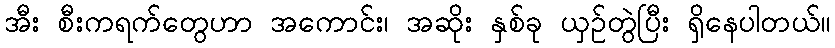
အီး စီးကရက်တွေဟာ အကောင်း၊ အဆိုး နှစ်ခု ယှဉ်တွဲပြီး ရှိနေပါတယ်။